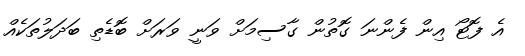
އެ ފޮޓޯ އިން ފެންނަ ގޮތުން ގާސިމަށް ވަނީ ވަރަށް ބޮޑެތި ބަދަލުތަކެއް